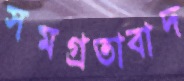
সমগ্রতাবাদ